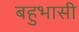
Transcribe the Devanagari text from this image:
बहुभासी